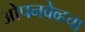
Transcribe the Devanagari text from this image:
ओपनवेव्हचा